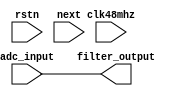
`timescale 1ns / 1ps
//////////////////////////////////////////////////////////////////////////////////
// Company: Twist Bioscience
// 
// Design Name: 
// Module Name:    Filter_ADC 
// Project Name:   CLIO interface
// Description:    Simple running average filter for noisy ADC readings. 
// Revision 0.01 - File Created
// Additional Comments: 
//
//////////////////////////////////////////////////////////////////////////////////
module Filter_ADC(
    input clk48mhz,
    input rstn,
    input next,
    input [15:0] adc_input,
    output [15:0] filter_output
    );
reg [15:0] memory8,memory7,memory6,memory5,memory4,memory3,memory2,memory1,memory0;
reg [15:0] sum = 0; 
reg [15:0] sub = 0;

assign filter_output = adc_input; //memory0; //sum[7:0];
always @(posedge clk48mhz)
begin 
   if (next)
   begin
      sub     <= adc_input - memory8;
      sum     <= memory1;
      memory0 <= adc_input;
      memory1 <= memory0;
      memory2 <= memory1;
      memory3 <= memory2;
      memory4 <= memory3;
      memory5 <= memory4;
      memory6 <= memory5;
      memory7 <= memory6;
      memory8 <= memory7;
   end   
end
endmodule